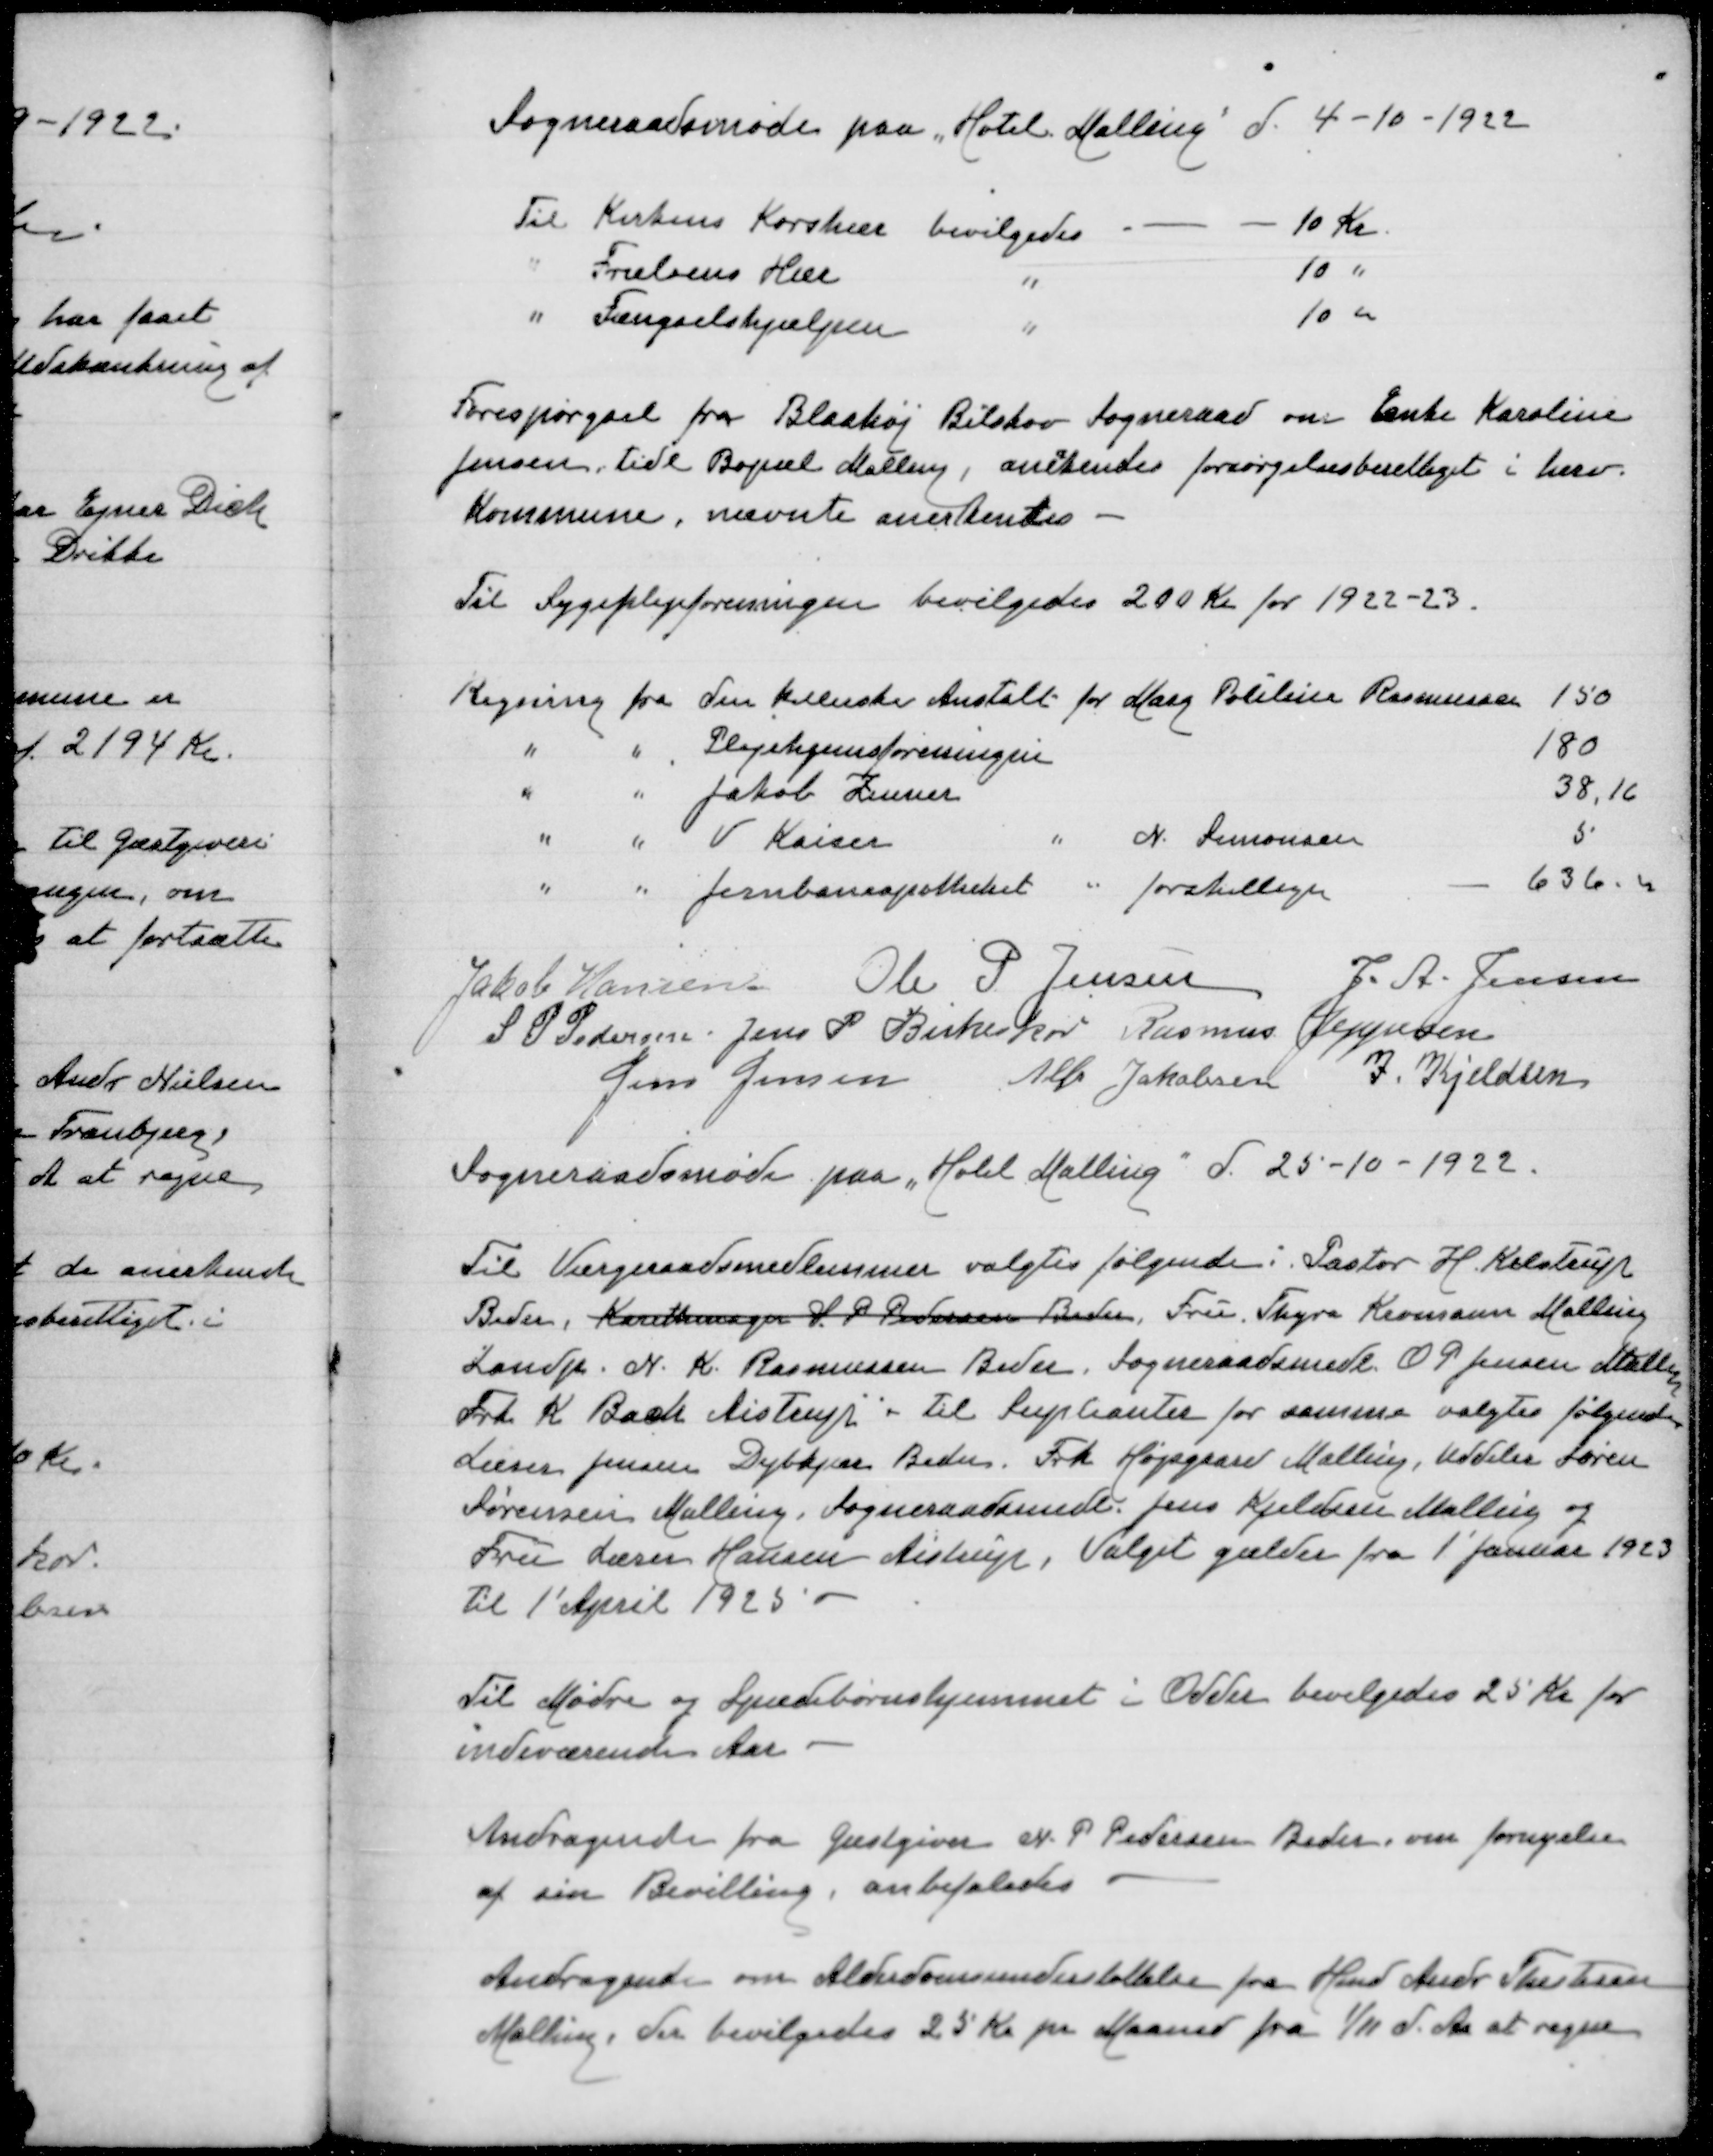
Transskription:
Sogneraadsmøde paa "Hotel Malling" d 4-10-1922

Til Kirkens Korshær bevilgedes
10 Kr
" Frelsens Hær "
10 "
" Fængselshjælpen "
10 "

Forespørgsel fra Blaahøj Bilskov Sogneraad om Enke Karoline
Jensen tidl Bopæl Malling, anerkendes forsørgelsesberettiget i herv
Kommune, nævnte anerkendes

Til Sygeplejeforeningen bevilgedes 200 Kr for 1922-23

Regning fra den kellerske Anstalt for Marg Pouline Rasmussen
150
" " Plejehjemsforeningen
180
" " Jakob Zeuner
38,16
" " V Kaiser " N Simonsen
5
" " Jernbaneapotheket " forskellige
636,00

Jakob Hansen
Ole P Jensen
J A Jensen
S P Pedersen
Jens P Birkeskov
Rasmus Jeppesen
Jens Jensen
Alfr Jakobsen
J Kjeldsen

Sogneraadsmøde paa "Hotel Malling" d 25-10-1922

Til Værgeraadsmedlemmer valgtes følgende: Pastor H Kelstrup
Beder, Karetmager S P Pedersen, Beder Fru Thyra Kromann Malling
Landp N K Rasmussen Beder, Sogneraadsmedlem O P Jensen Malling
Frk K Bach Aistrup. Til suplianter for samme valgtes følgende
Lærer Jensen Dybkjær Beder, Frk Højgaard Malling, Uddeler Søren
Sørensen, Malling, Sogneraadsmedlem Jens Kjeldsen Malling og
Fru Lærer Hansen Aistrup, Valget gælder fra 1' Januar 1923
til 1' April 1925

Til Mødre og Spædbørnshjemmet i Odder bevilgedes 25 Kr for
indeværende Aar

Andragende fra Gæstgiver edersen Beder om fornyelse
af sin Bevilling anbefaledes

Andragende om Alderdomsunderstøttelse fra Hmd Andr Therkelsen
Malling, der bevilgedes 25 Kr pr Maaned fra 1/11 d A at regne